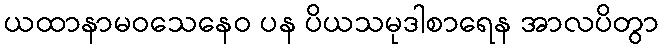
ယထာနာမဝသေနေဝ ပန ပိယသမုဒါစာရေန အာလပိတွာ